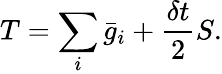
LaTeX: T=\sum_{i}\bar{g}_{i}+\frac{\delta t}{2}S.